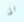
الى